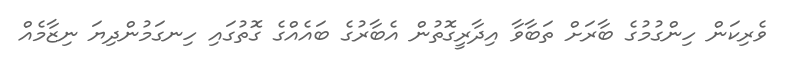
ވެރިކަން ހިންގުމުގެ ބާރަށް ތަބާވާ އިދާރީގޮތުން އެބާރުގެ ބައެއްގެ ގޮތުގައި ހިނގަމުންދިޔަ ނިޒާމެއް